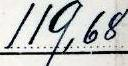
119,68